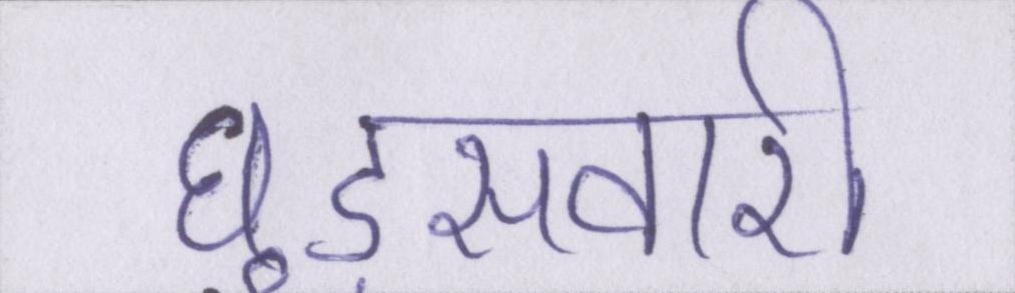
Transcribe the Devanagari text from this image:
घुड़सवारी